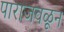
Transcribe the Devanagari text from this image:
पाराजवळून